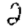
Digit: 2